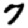
Digit: 7